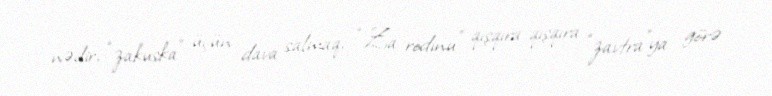
nədir, “zakuska” üçün dava salmaq, “Za rodinu” qışqıra-qışqıra “zavtra”ya görə